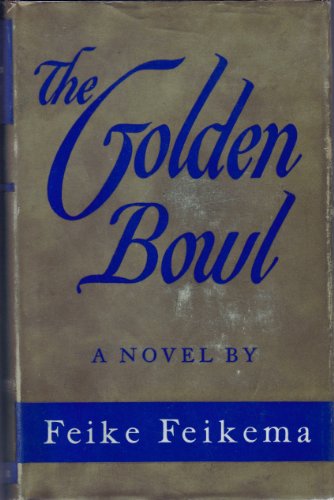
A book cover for The Golden Bowl; Feike Feikema (Frederick Manfred); Travel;